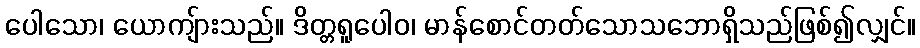
ပေါသော၊ ယောကျ်ားသည်။ ဒိတ္တရူပေါဝ၊ မာန်စောင်တတ်သောသဘောရှိသည်ဖြစ်၍လျှင်။